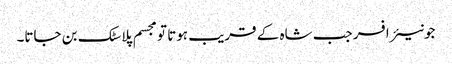
جونیئر افسر جب شاہ کے قریب ہوتا تو مجسم پلاسٹک بن جاتا۔